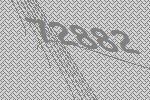
72882